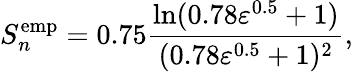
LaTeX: S_{n}^{\mathrm{emp}}=0.75\frac{\ln(0.78\varepsilon^{0.5}+1)}{(0.78\varepsilon^{0.5}+1)^{2}},